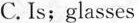
C. Is; glasses